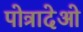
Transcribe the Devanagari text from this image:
पोत्रादेओ